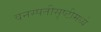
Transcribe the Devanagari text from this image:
वनस्पतीसृष्टीमध्ये